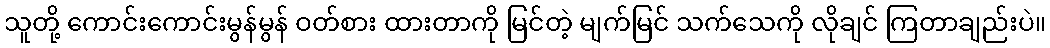
သူတို့ ကောင်းကောင်းမွန်မွန် ဝတ်စား ထားတာကို မြင်တဲ့ မျက်မြင် သက်သေကို လိုချင် ကြတာချည်းပဲ။